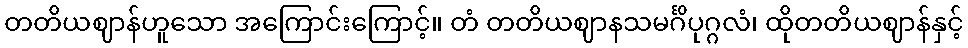
တတိယဈာန်ဟူသော အကြောင်းကြောင့်။ တံ တတိယဈာနသမင်္ဂိပုဂ္ဂလံ၊ ထိုတတိယဈာန်နှင့်